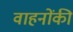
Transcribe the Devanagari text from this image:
वाहनोंकी